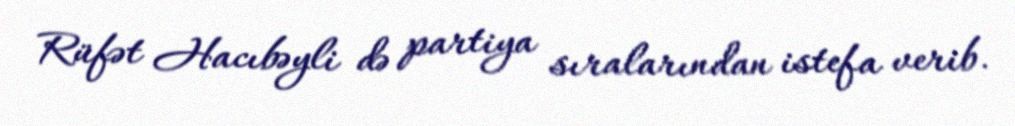
Rüfət Hacıbəyli də partiya sıralarından istefa verib.